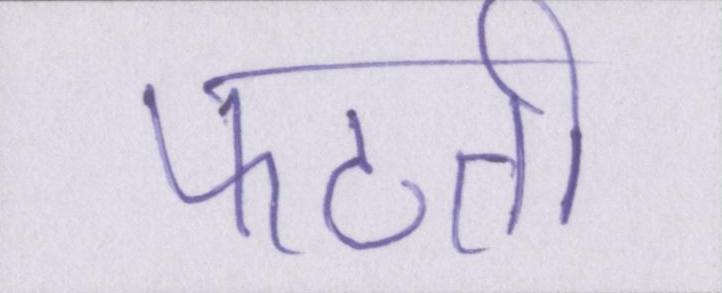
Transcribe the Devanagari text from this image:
फटती